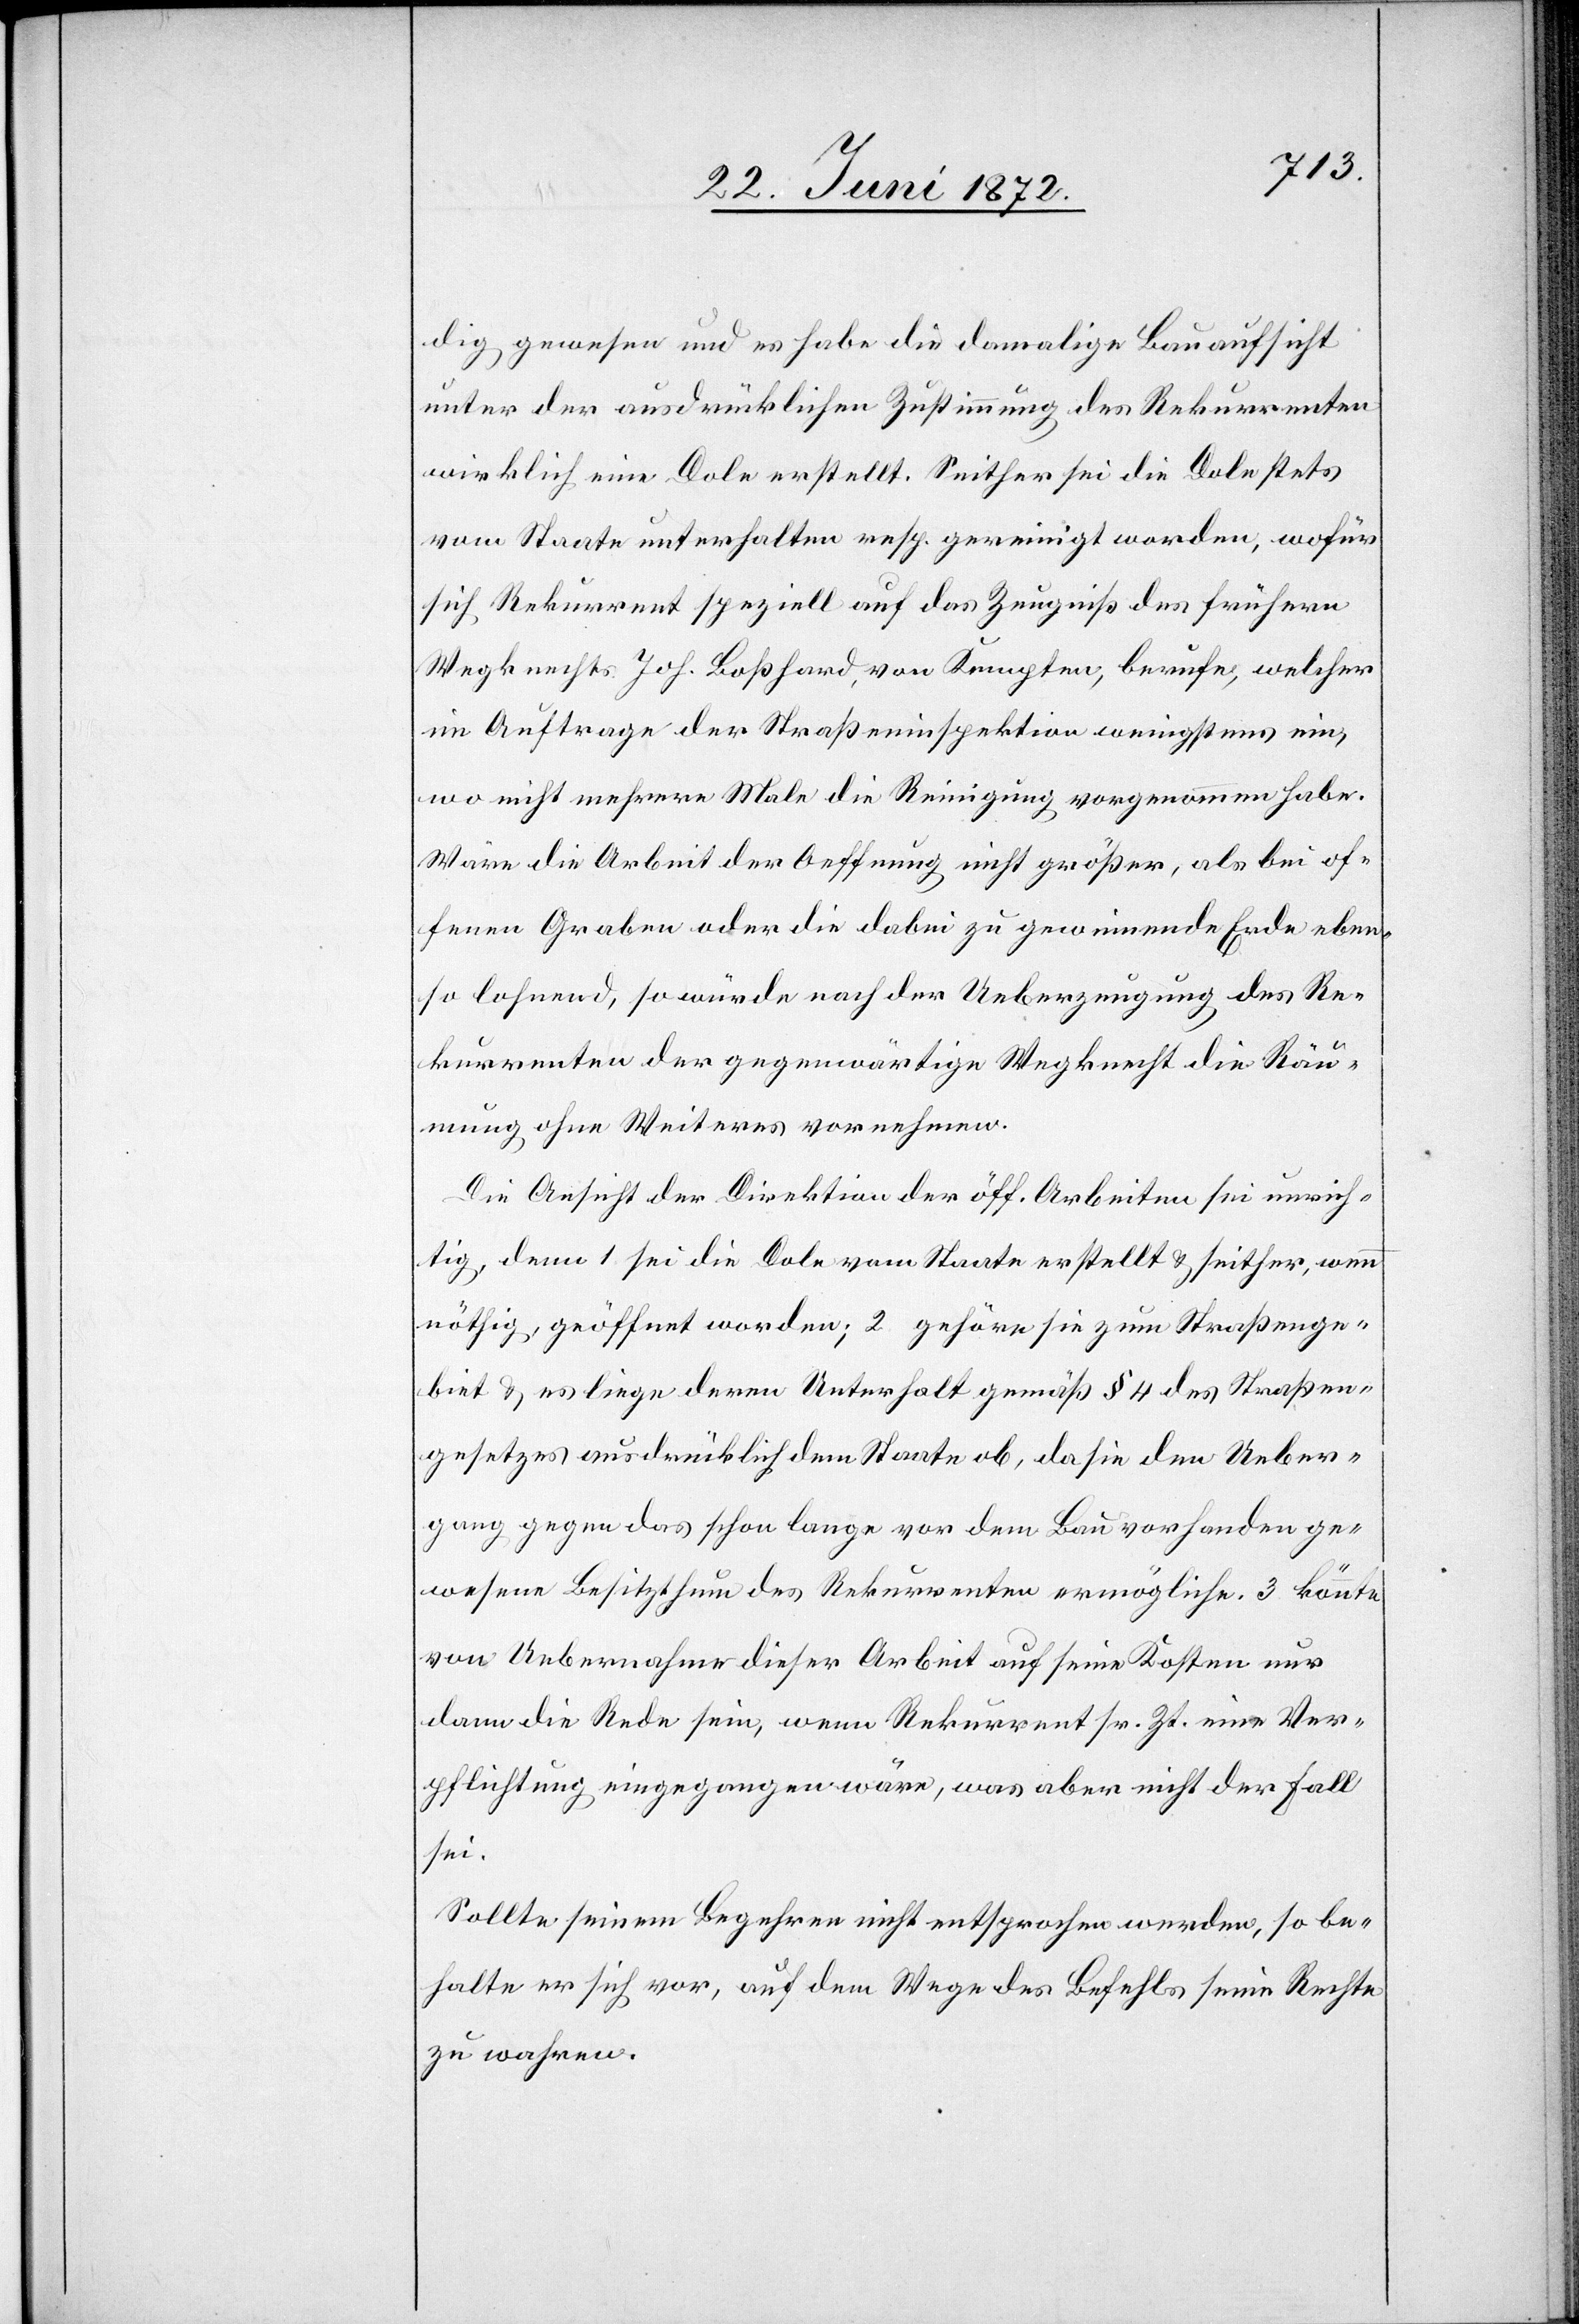
gewesen und es habe die damalige Bauaufsicht
unter der ausdrücklichen Zustimmung des Rekurrenten
wirklich eine Dole erstellt. Seither sei die Dole stets
vom Staate unterhalten resp. gereinigt worden, wofür
sich Rekurrent speziell auf das Zeugniß des frühern
Wegknechts Joh. Boßhard, von Kempten, berufe, welcher
im Auftrage der Straßeninspektion wenigstens ein,
wo nicht mehrere Male die Reinigung vorgenommen habe
Wäre die Arbeit der Oeffnung nicht größer, als bei of¬
fenen Graben oder die dabei zu gewinnende Erde eben¬
so lohnend, so würde nach der Ueberzeugung des Re¬
kurrenten der gegenwärtige Wegknecht die Räu¬
mung ohne Weiteres vornehmen.
Die Ansicht der Direktion der öff. Arbeiten sei unrich¬
tig, denn 1. sei die Dole vom Staate erstellt u. seither, wenn
nöthig, geöffnet worden; 2. gehöre sie zum Straßenge¬
biet u. es liege deren Unterhalt gemäß § 4 des Straßen¬
gesetzes ausdrücklich dem Staate ob, da sie den Ueber¬
gang gegen das schon lange vor dem Bau vorhanden ge¬
wesene Besitzthum des Rekurrenten ermögliche. 3. könnte
von Uebernahme dieser Arbeit auf seine Kosten nur
dann die Rede sein, wenn Rekurrent sr. Zt. eine Ver¬
pflichtung eingegangen wäre, was aber nicht der Fall
sei.
Sollte seinem Begehren nicht entsprochen werden, so be¬
halte er sich vor, auf dem Wege des Befehls seine Rechte
zu wahren.